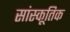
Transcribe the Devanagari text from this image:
सांस्कूतिक